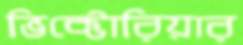
ভিক্টোরিয়ার